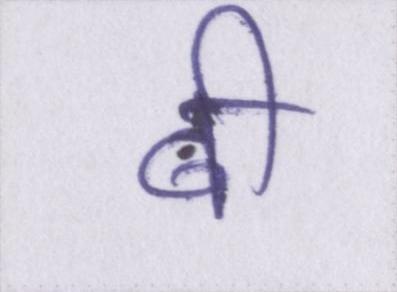
बी